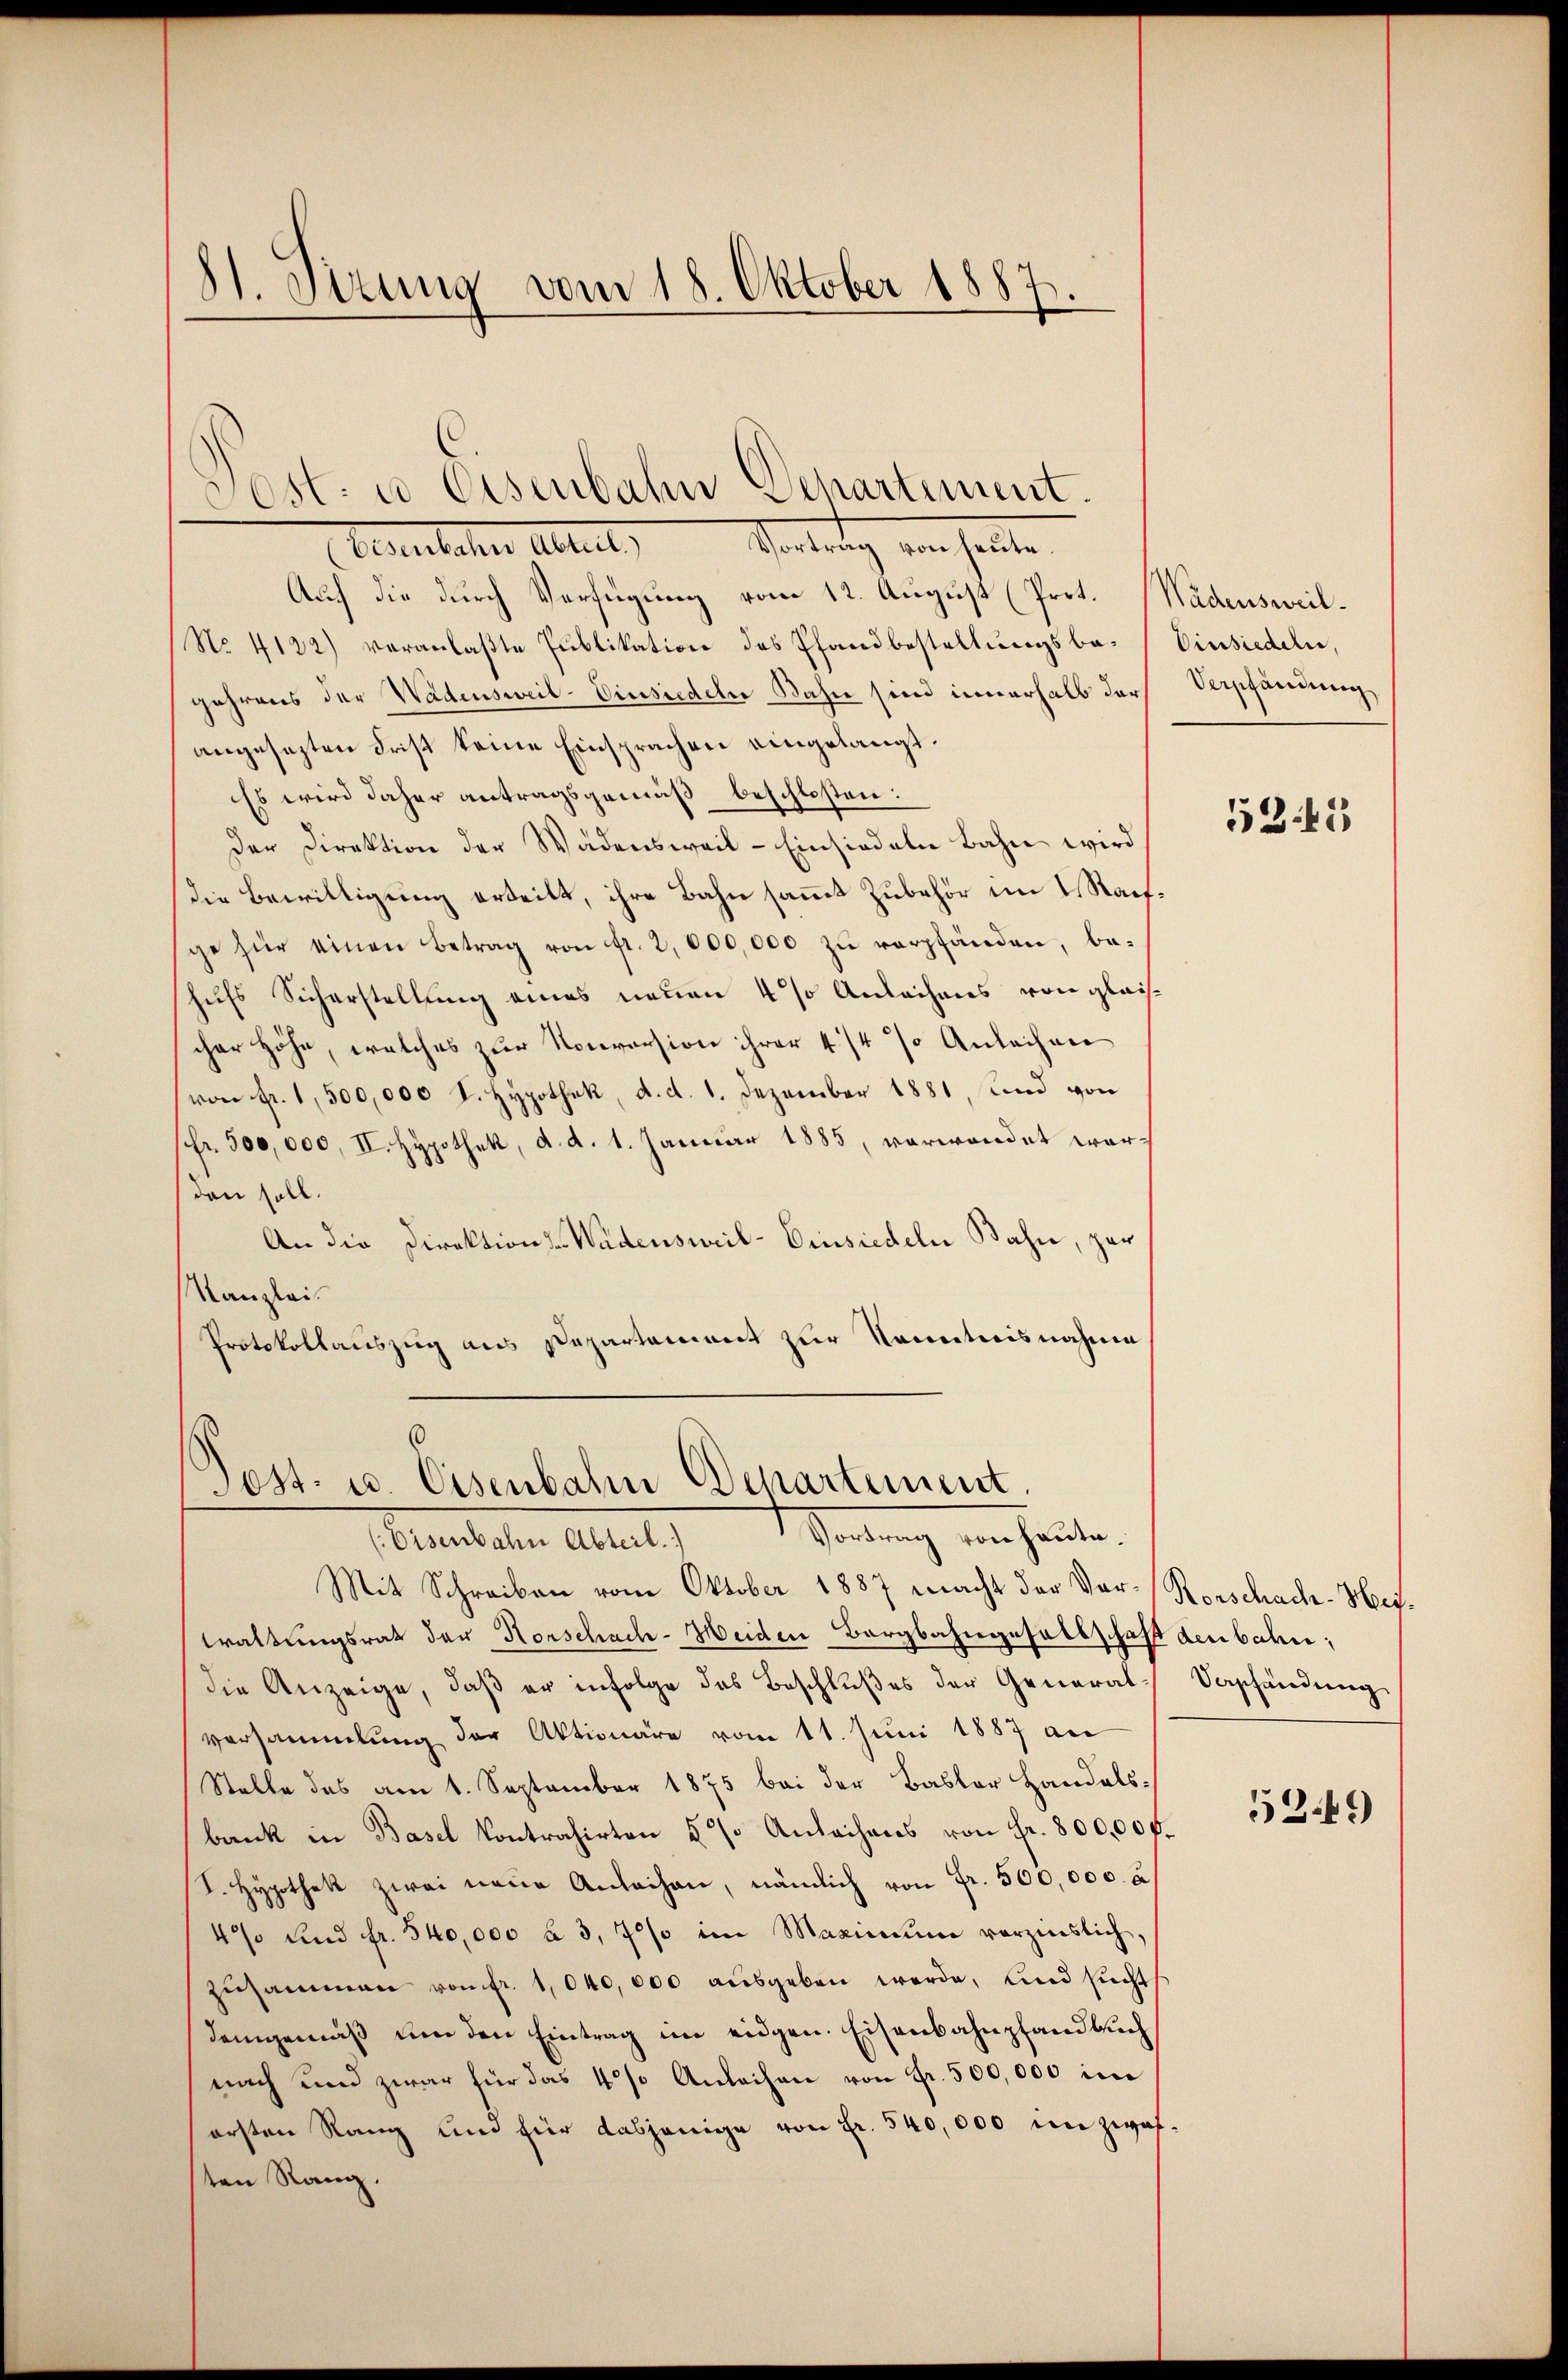
81. Sirung vom 18. Oktober 1887.

Vertrag von heuten
Ueberstehen Abteilt,
Auf die durch Verfügung vom 12. August (Prot. Wädensweil¬
No. 4122) veranlaßte Publikation des Pfandbestellungsba- Einsiedeln,
gehrens der Wädensweil–Einsiedeln Bahn sind innerhalb der Verpfändung
angesezten Frist keine Einsprachen eingelangt.
Es wird daher antragsgemäß beschloßen:
Der Direktion der Wädensweil - Einsiedeln Bahn wird
die Bewilligung erteilt, ihre Bahn sammt Zubehör im I. Rachge für einen Betrag von fr. 2,000,000 zŭ verpfänden, be-
hufs Sicherstellung eines neuen 4 % Anleihens von gleichcher Höhe, welches zur Konversion ihrer 4/4 % Anleihen
(von Fr. 1,500,000 K. Hypothek, d. d. 1. Dezember 1881, und von
(fr. 500,000, II. Hypothek, d. d. 1. Januar 1885, verwendet worden soll.
An die Direktions-Wädensweil–Einsiedeln Bahn, par
Kanzlei.
Protokollauszug aus Departament zur Kenntnisnahme
6

Ost: es Eisenbahn Departement.

Post- u. Eisenbahn Departement
Sendung von heute.
(Eisenbahn Abteil)

Mit Schreiben vom Oktober 1887 macht der Vor-Rorschach. Heiwaltungsrath der Horschach-Meiden Bergbahngesellschaft den badi;
die Anzeige, daß er infolge das Beschlußes der Generalversammlung der Aktionäre vom 11. Juni 1887 an
Stelle des am 1. September 1875 bei der Basler Handelsbank in Basel kontrahirten 5 % Anleihens von Fr. 800,000.
I. Hypothek zwei neue Anleihen, nämlich von Fr. 500,000. a
4% und fr. 540,000 à 3,7% im Maximŭm vorzinslich,
zŭsammen von fr. 1040,000 aŭsgeben werde, und sucht
demgemäβ ŭm den Eintrag im eidgen. Eisenbahnpfandbuch
nach und zwar für das 4% Anleihen von Fr. 500,000 im
ersten Rang und für dasjenige von Fr. 540,000 inzwaften Rang.

5345

Verpfändung
5249)